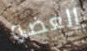
العضو